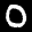
Label: 0